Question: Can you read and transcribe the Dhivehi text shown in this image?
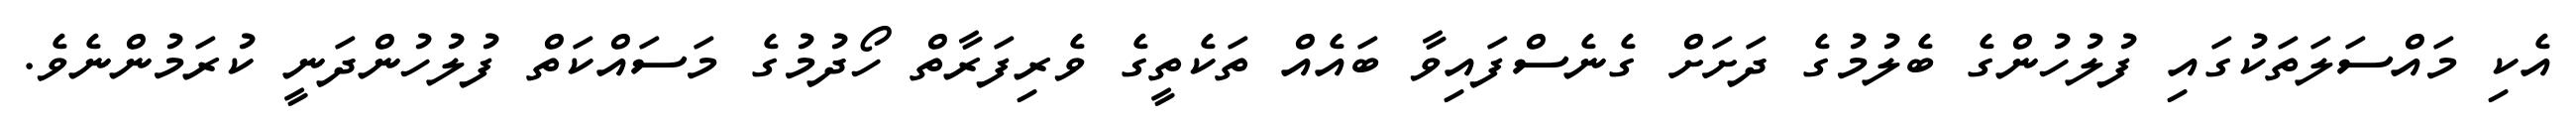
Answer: އެކި މައްސަލަތަކުގައި ފުލުހުންގެ ބެލުމުގެ ދަށަށް ގެނެސްފައިވާ ބައެއް ތަކެތީގެ ވެރިފަރާތް ހޯދުމުގެ މަސައްކަތް ފުލުހުންދަނީ ކުރަމުންނެވެ.